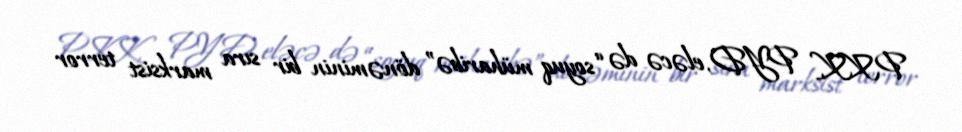
PKK, PYD, eləcə də “soyuq müharibə” dönəminin bir sıra marksist terror